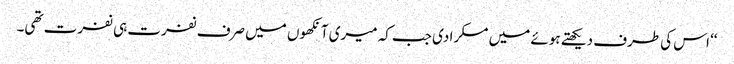
‘‘ اس کی طرف دیکھتے ہوئے میں مسکرا دی جب کہ میری آنکھوں میں صرف نفرت ہی نفرت تھی۔